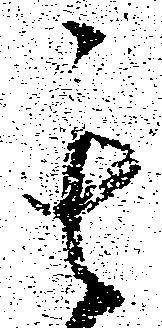
其